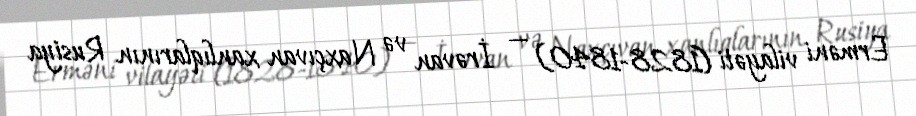
Erməni vilayəti (1828-1840) — İrəvan və Naxçıvan xanlıqlarının Rusiya